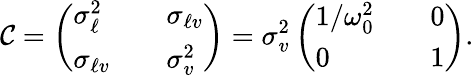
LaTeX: \mathcal{C}=\left(\begin{array}{lll}{\sigma_{\ell}^{2}}&{}&{\sigma_{\ell v}}\\ {\sigma_{\ell v}}&{}&{\sigma_{v}^{2}}\end{array}\right)=\sigma_{v}^{2}\left(\begin{array}{lll}{1/\omega_{0}^{2}}&{}&{0}\\ {0}&{}&{1}\end{array}\right).